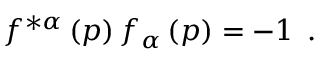
f ^ { * \alpha } \left( p \right) f _ { \alpha } \left( p \right) = - 1 \; \, .